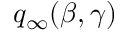
q _ { \infty } ( \beta , \gamma )